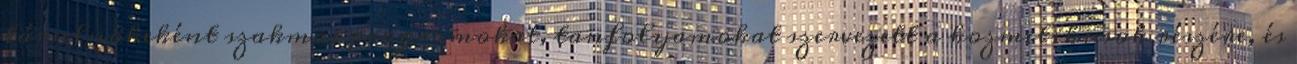
társelnökeként szakmai programokat, tanfolyamokat szervezett a kozmetikusok részére, és